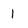
Character: 1